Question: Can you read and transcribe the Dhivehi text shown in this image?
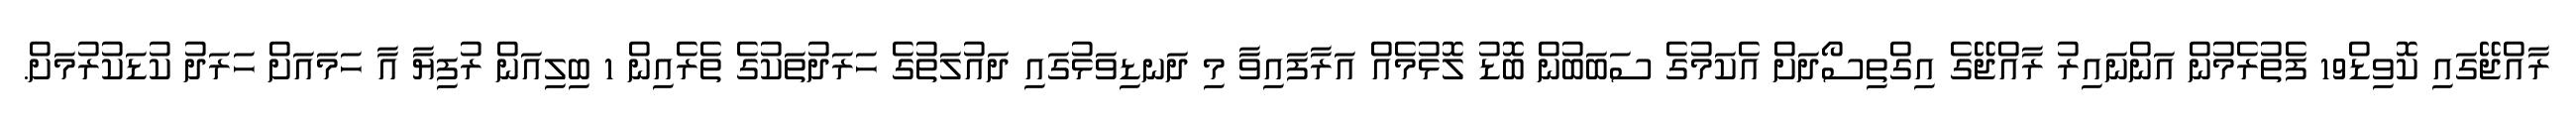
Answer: ރާއްޖޭގައި ކޮވިޑް19 ފެތުރެމުން އަންނައިރު ރާއްޖޭގެ އިގްތިސޯދަށް އެކަމުގެ ސަބަބުން ބޮޑު ލޮޅުމެއް އަރާފައިވާ މި ދަނޑިވަޅުގައި ދައުލަތުގެ ހަރަދުތަކުގެ ތެރެއިން 1 ބިލިއަން ރުފިޔާ އާ ހަމައަށް ހަރަދު ކުޑަކުރުމަށް.